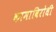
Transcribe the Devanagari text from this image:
कामाविरोधी